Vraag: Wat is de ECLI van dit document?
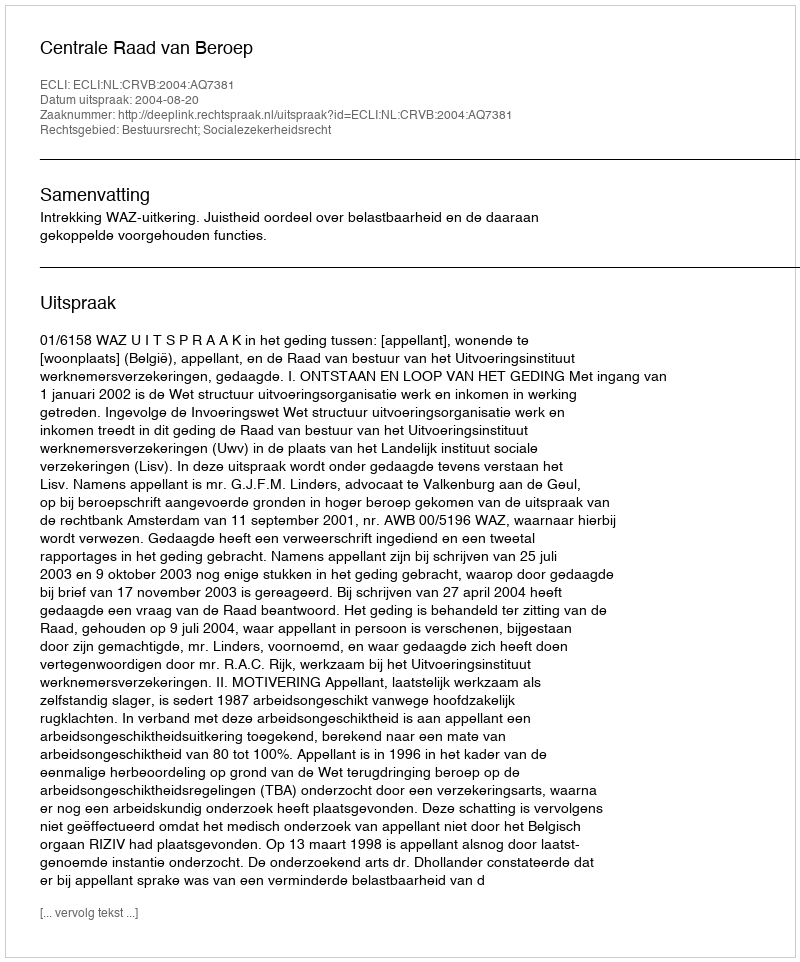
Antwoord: ECLI:NL:CRVB:2004:AQ7381